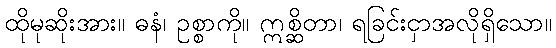
ထိုမုဆိုးအား။ ဓနံ၊ ဥစ္စာကို။ ဣစ္ဆိတာ၊ ရခြင်းငှာအလိုရှိသော။